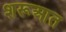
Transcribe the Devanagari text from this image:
शरूआत